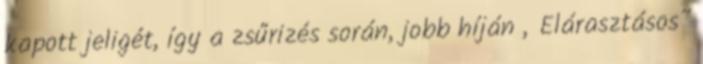
kapott jeligét, így a zsűrizés során, jobb híján „Elárasztásos”